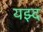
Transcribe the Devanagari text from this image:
यझ्द